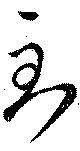
到